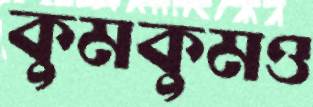
কুমকুমও